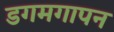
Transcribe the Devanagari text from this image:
डगमगापन